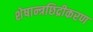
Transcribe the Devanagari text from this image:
शेषान्त्रछिद्रीकरण